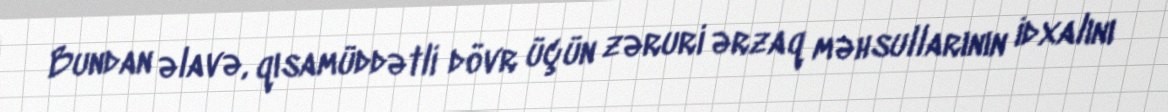
Bundan əlavə, qısamüddətli dövr üçün zəruri ərzaq məhsullarının idxalını